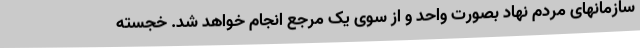
سازمانهای مردم نهاد بصورت واحد و از سوی یک مرجع انجام خواهد شد. خجسته